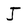
Character: J